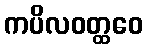
ကပိလဝတ္ထဝေ